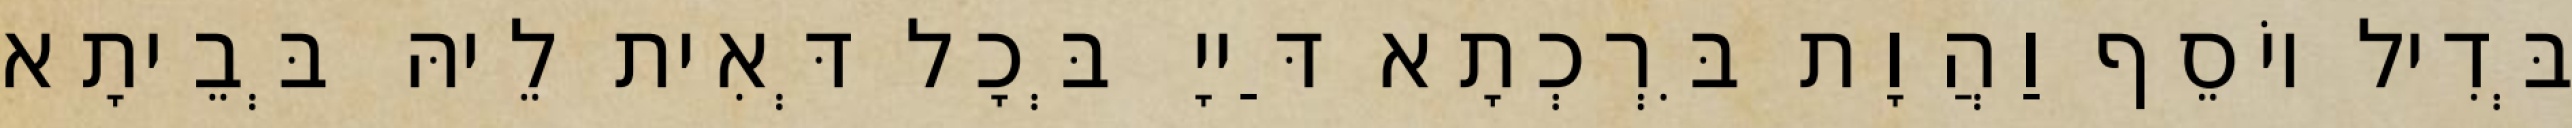
בְּדִיל יוֹסֵף וַהֲוָת בִּרְכְתָא דַּייָ בְּכָל דְּאִית לֵיהּ בְּבֵיתָא